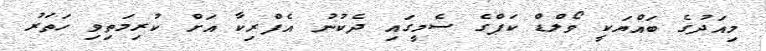
މިއަދުގެ ބައްޔަކީ ވޯލްޑް ކަޕްގެ ސެމީގައި ދެކުނު އެފްރިކާ އަށް ކުރިމަތިވި ހަތަރު